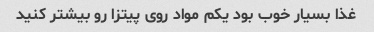
غذا بسیار خوب بود یکم مواد روی پیتزا رو بیشتر کنید